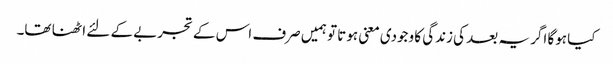
کیا ہوگا اگر یہ بعد کی زندگی کا وجودی معنی ہوتا تو ہمیں صرف اس کے تجربے کے لئے اٹھنا تھا۔